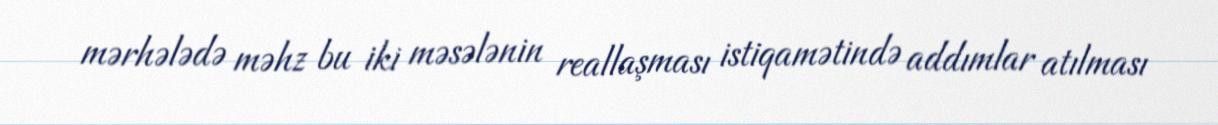
mərhələdə məhz bu iki məsələnin reallaşması istiqamətində addımlar atılması